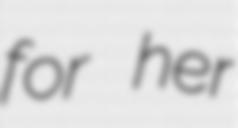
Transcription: for her